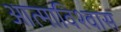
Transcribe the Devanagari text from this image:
आत्माविश्वास